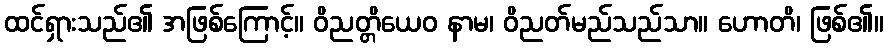
ထင်ရှားသည်၏ အဖြစ်ကြောင့်။ ဝိညတ္တိယေဝ နာမ၊ ဝိညတ်မည်သည်သာ။ ဟောတိ၊ ဖြစ်၏။